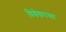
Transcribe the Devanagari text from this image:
विश्वेश्वराच्या